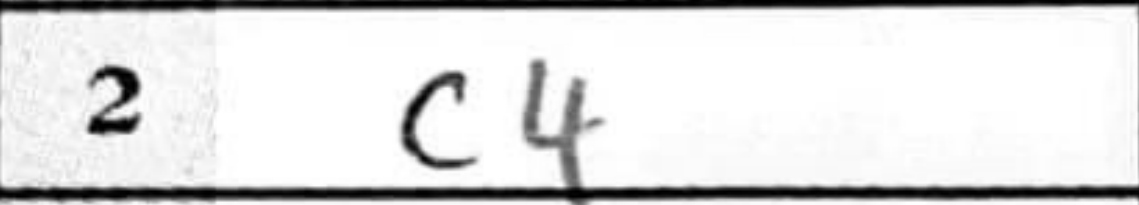
Transcription: c4